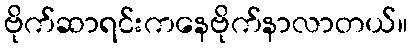
ဗိုက်ဆာရင်းကနေဗိုက်နာလာတယ်။